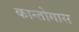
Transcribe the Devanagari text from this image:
कान्तोगास